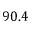
9 0 . 4